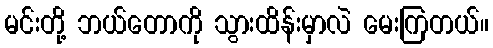
မင်းတို့ ဘယ်တောကို သွားထိန်းမှာလဲ မေးကြတယ်။